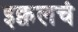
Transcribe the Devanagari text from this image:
इक्वलचं